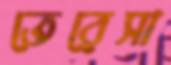
তেরেসা